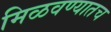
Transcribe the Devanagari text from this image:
मिळवण्यातच